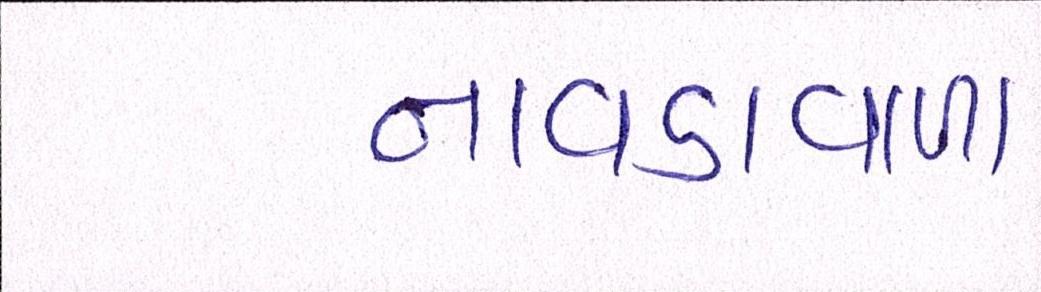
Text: નાવડાવાળા